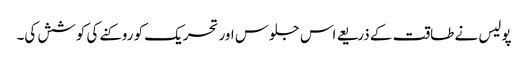
پولیس نے طاقت کے ذریعے اس جلوس اور تحریک کو روکنے کی کوشش کی۔